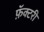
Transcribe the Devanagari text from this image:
फ़ॅक्टरी